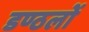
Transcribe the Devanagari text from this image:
डण्ठलों